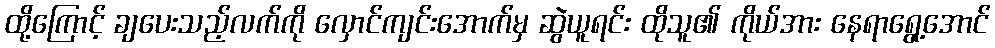
ထို့ကြောင့် ချပေးသည့်လက်ကို လှောင်ကျင်းအောက်မှ ဆွဲယူရင်း ထိုသူ၏ ကိုယ်အား နေရာရွေ့အောင်